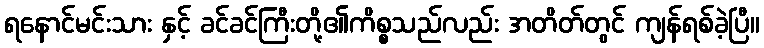
ရနောင်မင်းသား နှင့် ခင်ခင်ကြီးတို့၏ကိစ္စသည်လည်း အတိတ်တွင် ကျန်ရစ်ခဲ့ပြီ။